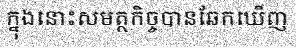
ក្នុងនោះសមត្ថកិច្ចបានឆែកឃើញ